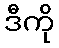
ဒီကို